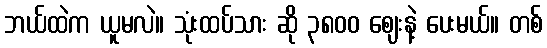
ဘယ်ထဲက ယူမလဲ။ သုံးထပ်သား ဆို ၃၈၀၀ ဈေးနဲ့ ပေးမယ်။ တစ်